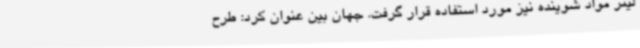
لیتر مواد شوینده نیز مورد استفاده قرار گرفت. جهان بین عنوان کرد: طرح